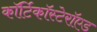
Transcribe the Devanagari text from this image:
कॉर्टिकॉस्टेरॉएड